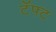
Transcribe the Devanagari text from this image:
टॅफ्ट